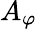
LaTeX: A_{\varphi}